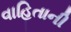
વાહિતાની